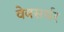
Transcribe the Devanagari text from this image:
वेबसर्चर